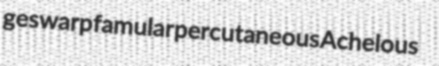
geswarp famular percutaneous Achelous